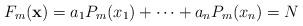
LaTeX: \begin{align*} F_m(\mathbf x)=a_1P_m(x_1)+\cdots+a_nP_m(x_n)=N\end{align*}